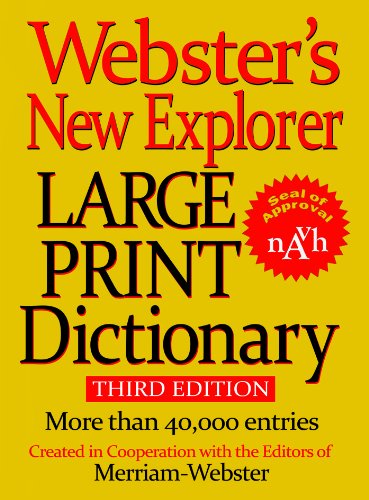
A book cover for Webster's New Explorer Large Print Dictionary; Merriam-Webster; Reference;